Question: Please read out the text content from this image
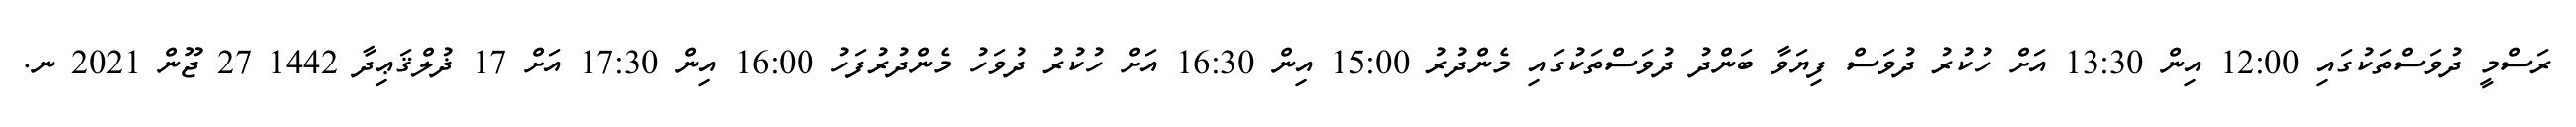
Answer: ރަސްމީ ދުވަސްތަކުގައި 12:00 އިން 13:30 އަށް ހުކުރު ދުވަސް ފިޔަވާ ބަންދު ދުވަސްތަކުގައި މެންދުރު 15:00 އިން 16:30 އަށް ހުކުރު ދުވަހު މެންދުރުފަހު 16:00 އިން 17:30 އަށް 17 ޛުލްޤަޢިދާ 1442 27 ޖޫން 2021 ނ.